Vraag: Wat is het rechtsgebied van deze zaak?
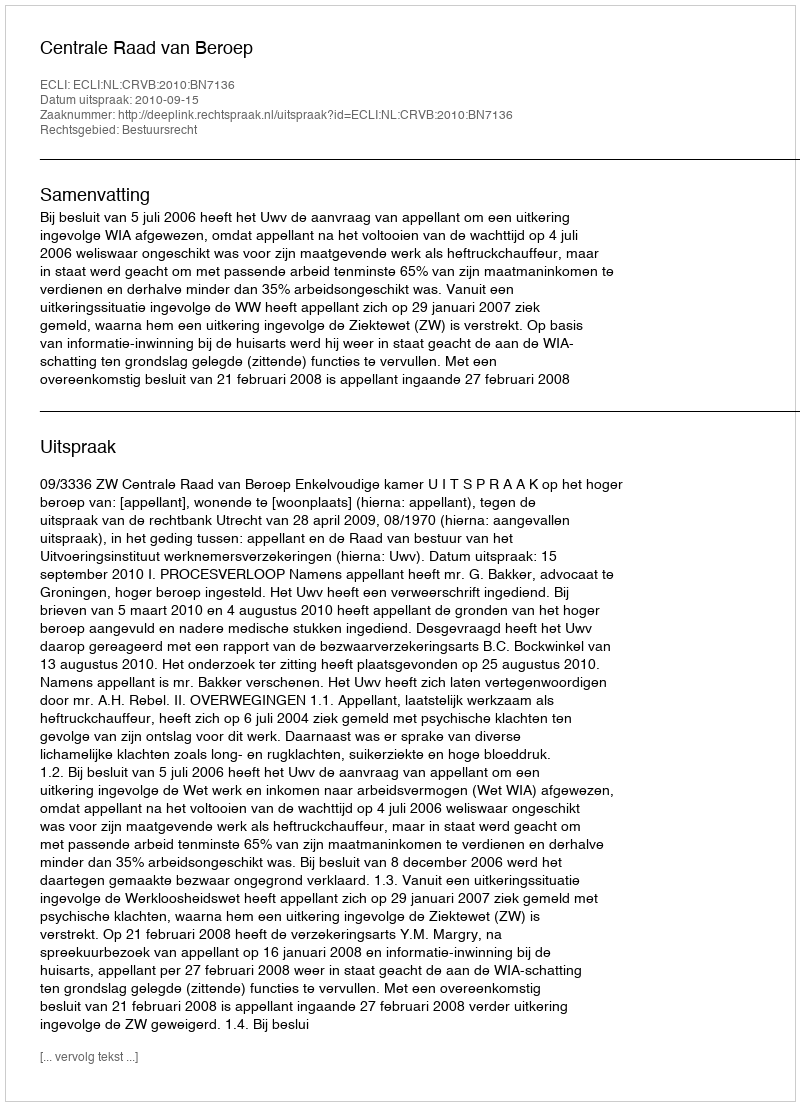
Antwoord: Bestuursrecht